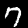
Label: 7